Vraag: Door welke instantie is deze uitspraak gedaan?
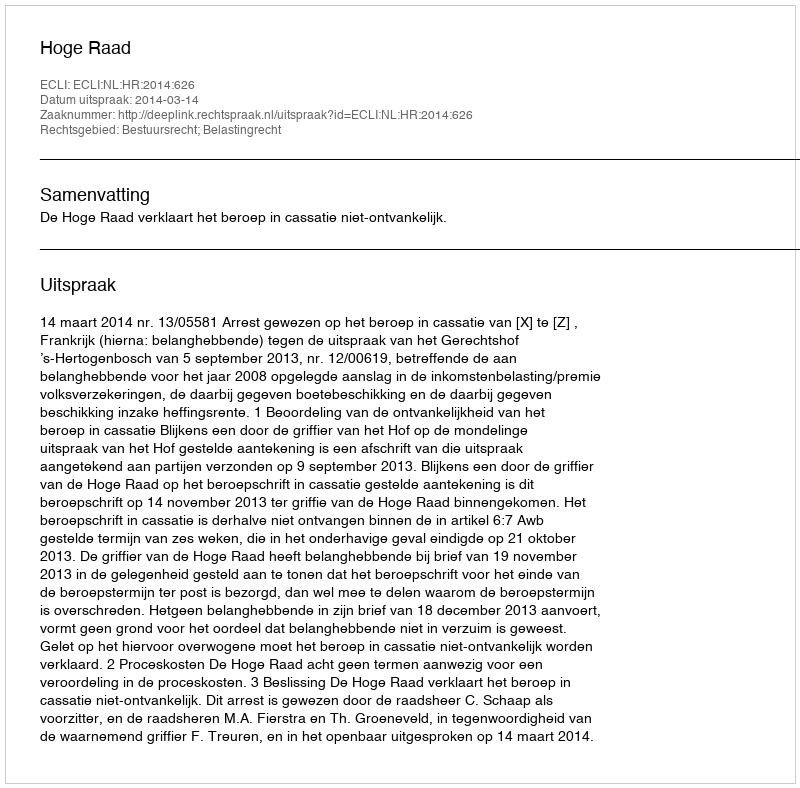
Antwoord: Hoge Raad